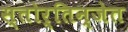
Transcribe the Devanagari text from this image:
स्तोर्तिन्जेत